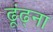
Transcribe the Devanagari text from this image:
ढूंढ्ना